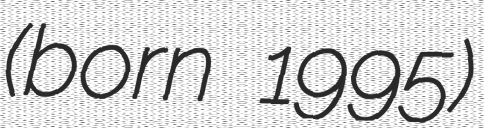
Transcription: (born 1995)